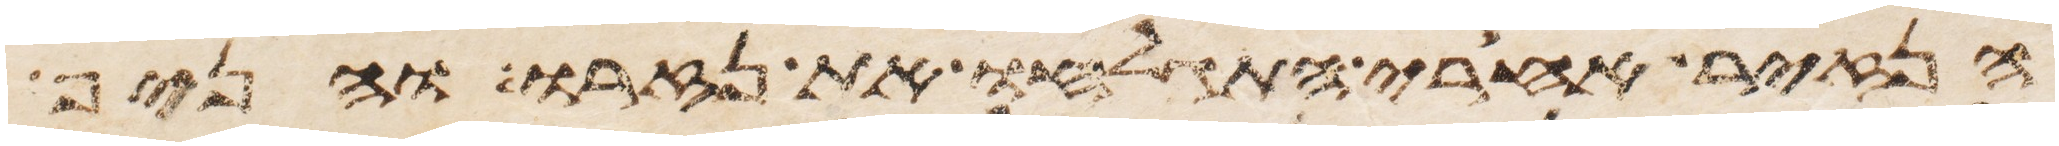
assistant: הנזיר אחרי התגלח את נזרו והניף